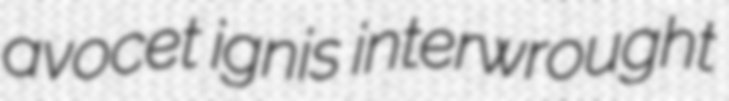
avocet ignis interwrought